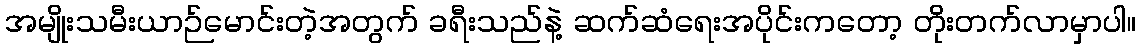
အမျိုးသမီးယာဉ်မောင်းတဲ့အတွက် ခရီးသည်နဲ့ ဆက်ဆံရေးအပိုင်းကတော့ တိုးတက်လာမှာပါ။